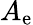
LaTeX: A_{\mathrm{e}}